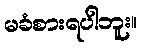
မခံစားရပါဘူး။